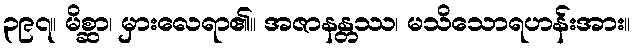
၃၉၇။ မိစ္ဆာ၊ မှားလေရာ၏။ အဇာနန္တဿ၊ မသိသောရဟန်းအား။